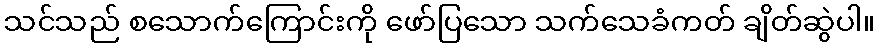
သင်သည် စသောက်ကြောင်းကို ဖော်ပြသော သက်သေခံကတ် ချိတ်ဆွဲပါ။